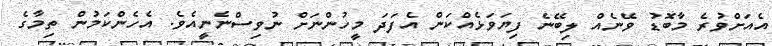
އެއަށްވުރެ މާބޮޑު ވޭނެއް ލިބޭނެ ފިޔަވަޅެއްކަން އެފަދަ މީހުންނަށް ނުވިސްނެނީއެވެ. އެހެންކަމުން ތިމާގެ